Report on the Nagpur School of Medicine, Central Provinces
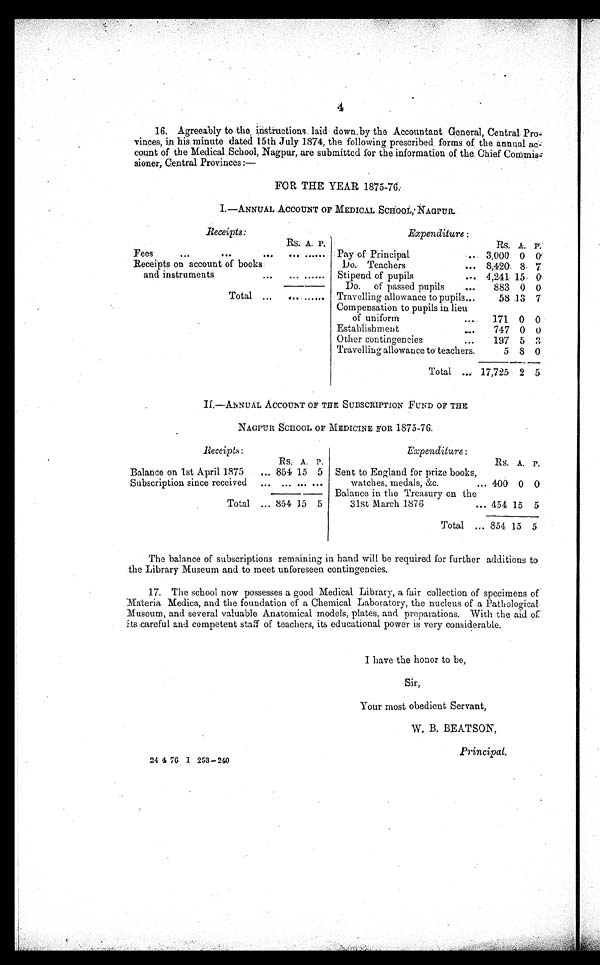
4
16. Agreeably to the instructions laid down by the Accountant General, Central Pro-
vinces, in his minute dated 15th July 1874, the following prescribed forms of the annual ac-
count of the Medical School, Nagpur, are submitted for the information of the Chief Commis-
sioner, Central Provinces :—
F O R T H E Y E A R 1 8 7 5 - 7 6 .
I.—ANNUAL ACCOUNT OF MEDICAL SCHOOL, NAGPUR.
Receipts:
Expenditure :
Rs. A. P.
Rs. A.
P .
Fees
. . . ... ... ...
... . . . Pay of Principal
...
3,000 0
0
Receipts on account of books
Do. Teachers
... 8,420 8 7
and instruments
...
... ... . . . Stipend of pupils
... 4,241 15 0
Do. of passed pupils
...
883 0 0
Total ...
. . . ... . . . Travelling allowance to pupils ...
58 13 7
Compensation to pupils in lieu
of uniform
...
171 0 0
Establishment
. . .
747 0 0
Other contingencies
...
197 5
3
Travelling allowance to teachers.
5 8 0
Total ... 17,725 2 5
II.—ANNUAL ACCOUNT OF THE SUBSCRIPTION FUND OF THE
NAGPUR SCHOOL OF MEDICINE FOR 1875-76.
Receipts:
Expenditure:
Rs. A. P.
Rs. A. P.
Balance on 1st April 1875
... 854 15 5 Sent to England for prize books,
Subscription since received ... ... ... ...
watches, medals, &c. . . . 400 0 0
Balance in the Treasury on the
Total ... 851 15 5
31st March 1876
... 454 15 5
Total ... 854 15 5
The balance of subscriptions remaining in hand will be required for further additions to
the Library Museum and to meet unforeseen contingencies.
17. The school now possesses a good Medical Library, a fair collection of specimens of
Materia Medica, and the foundation of a Chemical Laboratory, the nucleus of a Pathological
Museum, and several valuable Anatomical models, plates, and preparations. With the . aid of
its careful and competent staff of teachers, its educational power is very considerable.
I have the honor to be,
Sir,
Your most obedient Servant,
W. B. BEATSON,
Principal.
24 4 76 I 253-240